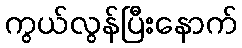
ကွယ်လွန်ပြီးနောက်